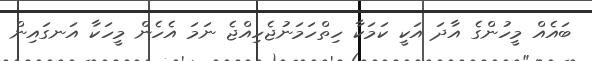
ބައެއް މީހުންގެ އާދަ އަކީ ކަމަކާ ހިތްހަމަނުޖެހިއްޖެ ނަމަ އެހެން މީހަކާ އަނގައިން